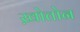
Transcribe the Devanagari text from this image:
ख़ोतोन